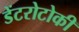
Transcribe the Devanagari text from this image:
डेंटरोटोकी